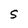
Character: S